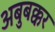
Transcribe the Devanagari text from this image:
अबुबक्कर